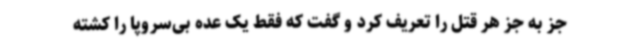
جز به جز هر قتل را تعریف کرد و گفت که فقط یک عده بی‌سروپا را کشته